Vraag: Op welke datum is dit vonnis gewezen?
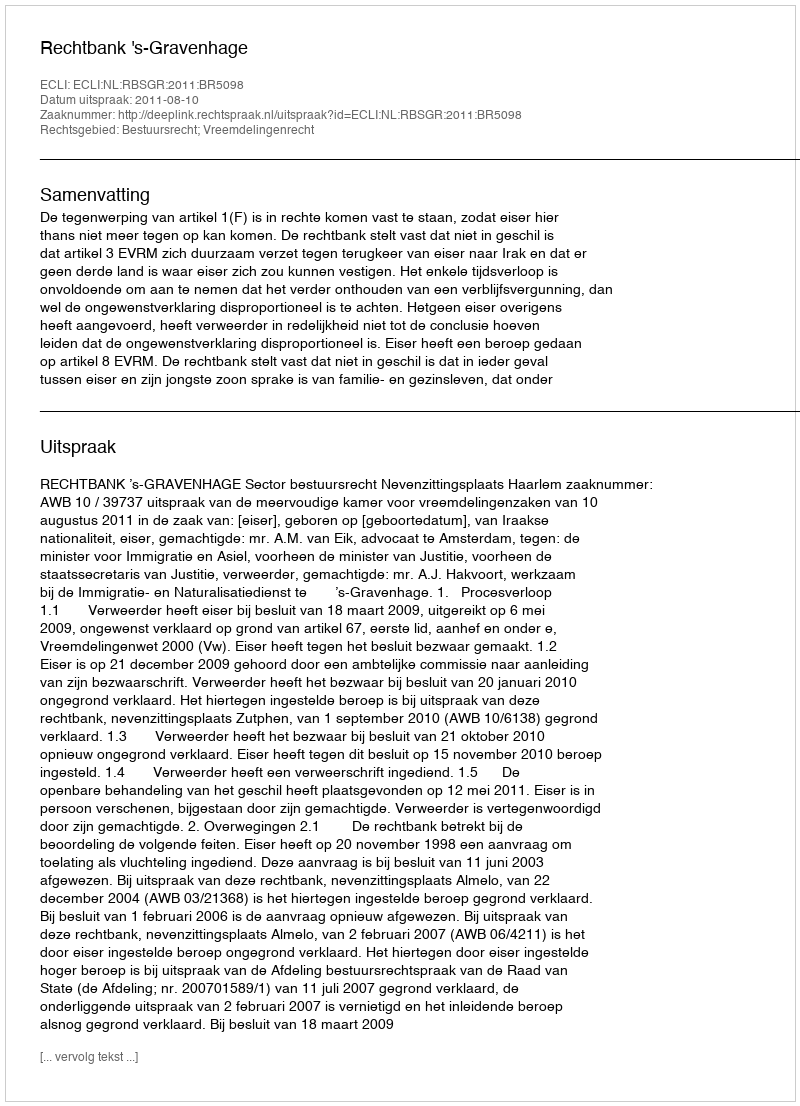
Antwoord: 2011-08-10